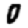
Digit: 0